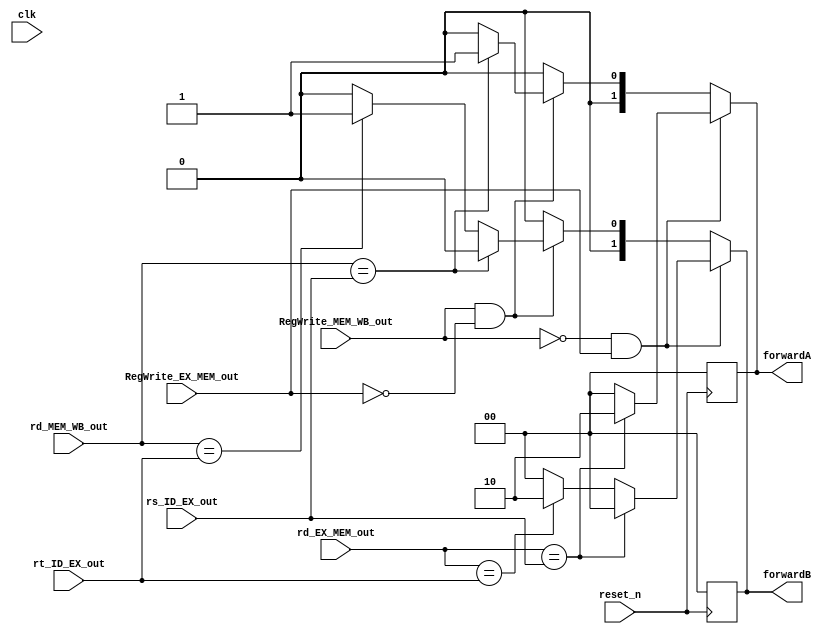
module EXForwardUnit(clk, reset_n, RegWrite_EX_MEM_out, RegWrite_MEM_WB_out, rd_EX_MEM_out, rd_MEM_WB_out, rs_ID_EX_out, rt_ID_EX_out, forwardA, forwardB);
    input clk, reset_n;

    input [1:0] rd_EX_MEM_out;
    input [1:0] rd_MEM_WB_out;
    input [1:0] rs_ID_EX_out;
    input [1:0] rt_ID_EX_out;
    input RegWrite_EX_MEM_out;
    input RegWrite_MEM_WB_out;


    output [1:0] forwardA;
    output [1:0] forwardB;

    reg [1:0] forwardA;
    reg [1:0] forwardB;

    initial begin
        forwardA <= 2'b0;
        forwardB <= 2'b0;
    end

    always @(negedge reset_n) begin
        forwardA <= 2'b0;
        forwardB <= 2'b0;
    end

    always @(*) begin
        forwardA = 2'b0;
        forwardB = 2'b0;

        if(!RegWrite_MEM_WB_out  && RegWrite_EX_MEM_out) begin
            if((rd_EX_MEM_out == rs_ID_EX_out)) begin
                forwardA = 2'b10;
            end
            else if ((rd_EX_MEM_out == rt_ID_EX_out)) begin
                forwardB = 2'b10;
            end
        end

        else if(RegWrite_MEM_WB_out  && !RegWrite_EX_MEM_out)  begin 
            if((rd_MEM_WB_out == rs_ID_EX_out)) begin
                forwardA = 2'b01;
            end
            else if ( (rd_MEM_WB_out == rt_ID_EX_out)) begin
                forwardB = 2'b01;
            end
        end
    end
endmodule